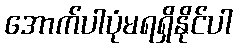
အောက်ပါပုံမရရှိနိုင်ပါ